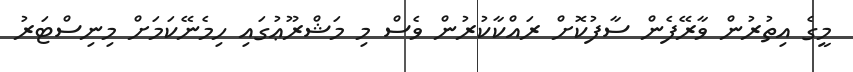
މީގެ އިތުރުން ވާރޭފެން ސާފުކޮށް ރައްކާކުރުން ވެސް މި މަޝްރޫޢުގައި ހިމެނޭކަމަށް މިނިސްޓަރު